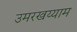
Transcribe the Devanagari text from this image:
उमरखय्याम